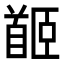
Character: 𩠛